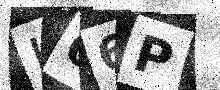
Text: L66P